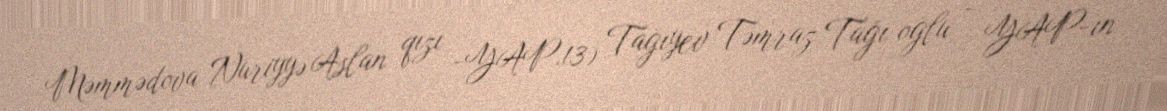
Məmmədova Nuriyyə Aslan qızı -YAP.13) Tağıyev Təmraz Tağı oğlu - YAP-ın